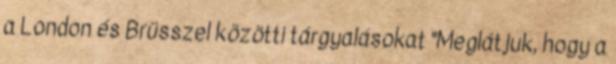
a London és Brüsszel közötti tárgyalásokat "Meglátjuk, hogy a